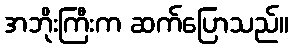
အဘိုးကြီးက ဆက်ပြောသည်။